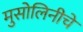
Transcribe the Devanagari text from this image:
मुसोलिनीचे